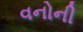
વનોની